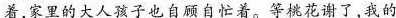
着，家里的大人孩子也自顾自忙着。等桃花谢了，我的